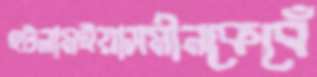
হটলামইয়াসমীনকেবেঁ